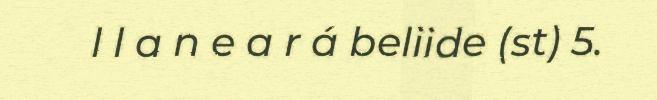
l l a n e a r á beliide (st) 5.